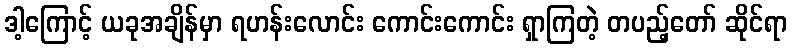
ဒါ့ကြောင့် ယခုအချိန်မှာ ရဟန်းလောင်း ကောင်းကောင်း ရှာကြတဲ့ တပည့်တော် ဆိုင်ရာ